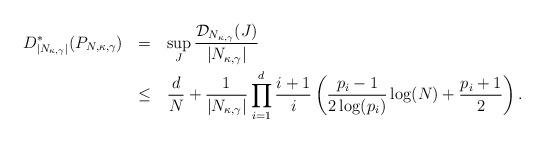
LaTeX: \begin{align*} \begin{aligned} D_{|N_{\kappa,\gamma}|}^*(P_{N,\kappa,\gamma}) \:\:\: & = \:\:\: \sup_{J}\frac{\mathcal{D}_{N_{\kappa,\gamma}}(J)}{|N_{\kappa,\gamma}|}\\ & \leq \:\:\: \frac{d}{N}+\frac{1}{|N_{\kappa,\gamma}|}\prod_{i=1}^d\frac{i+1}{i}\left(\frac{p_i-1}{2\log(p_i)}\log(N)+\frac{p_i+1}{2}\right). \end{aligned}\end{align*}